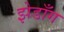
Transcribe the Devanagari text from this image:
झेडाँग